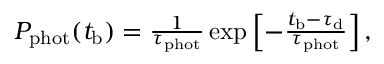
\begin{array} { r } { P _ { \mathrm { p h o t } } ( t _ { \mathrm { b } } ) = \frac { 1 } { \tau _ { \mathrm { p h o t } } } \exp \left[ - \frac { t _ { \mathrm { b } } - \tau _ { \mathrm { d } } } { \tau _ { \mathrm { p h o t } } } \right] , } \end{array}